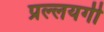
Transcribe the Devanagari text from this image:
प्रल्लयगी